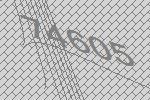
74605